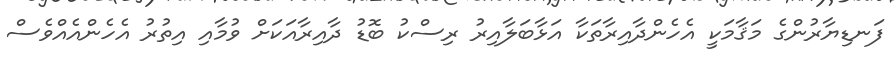
ފަނޑިޔާރުންގެ މަޤާމަކީ އެހެންދާއިރާތަކާ އަޅާބަލާއިރު ރިސްކު ބޮޑު ދާއިރާއަކަށް ވުމާއި އިތުރު އެހެންއެއްވެސް